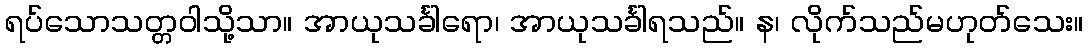
ရပ်သောသတ္တဝါသို့သာ။ အာယုသင်္ခါရော၊ အာယုသင်္ခါရသည်။ န၊ လိုက်သည်မဟုတ်သေး။